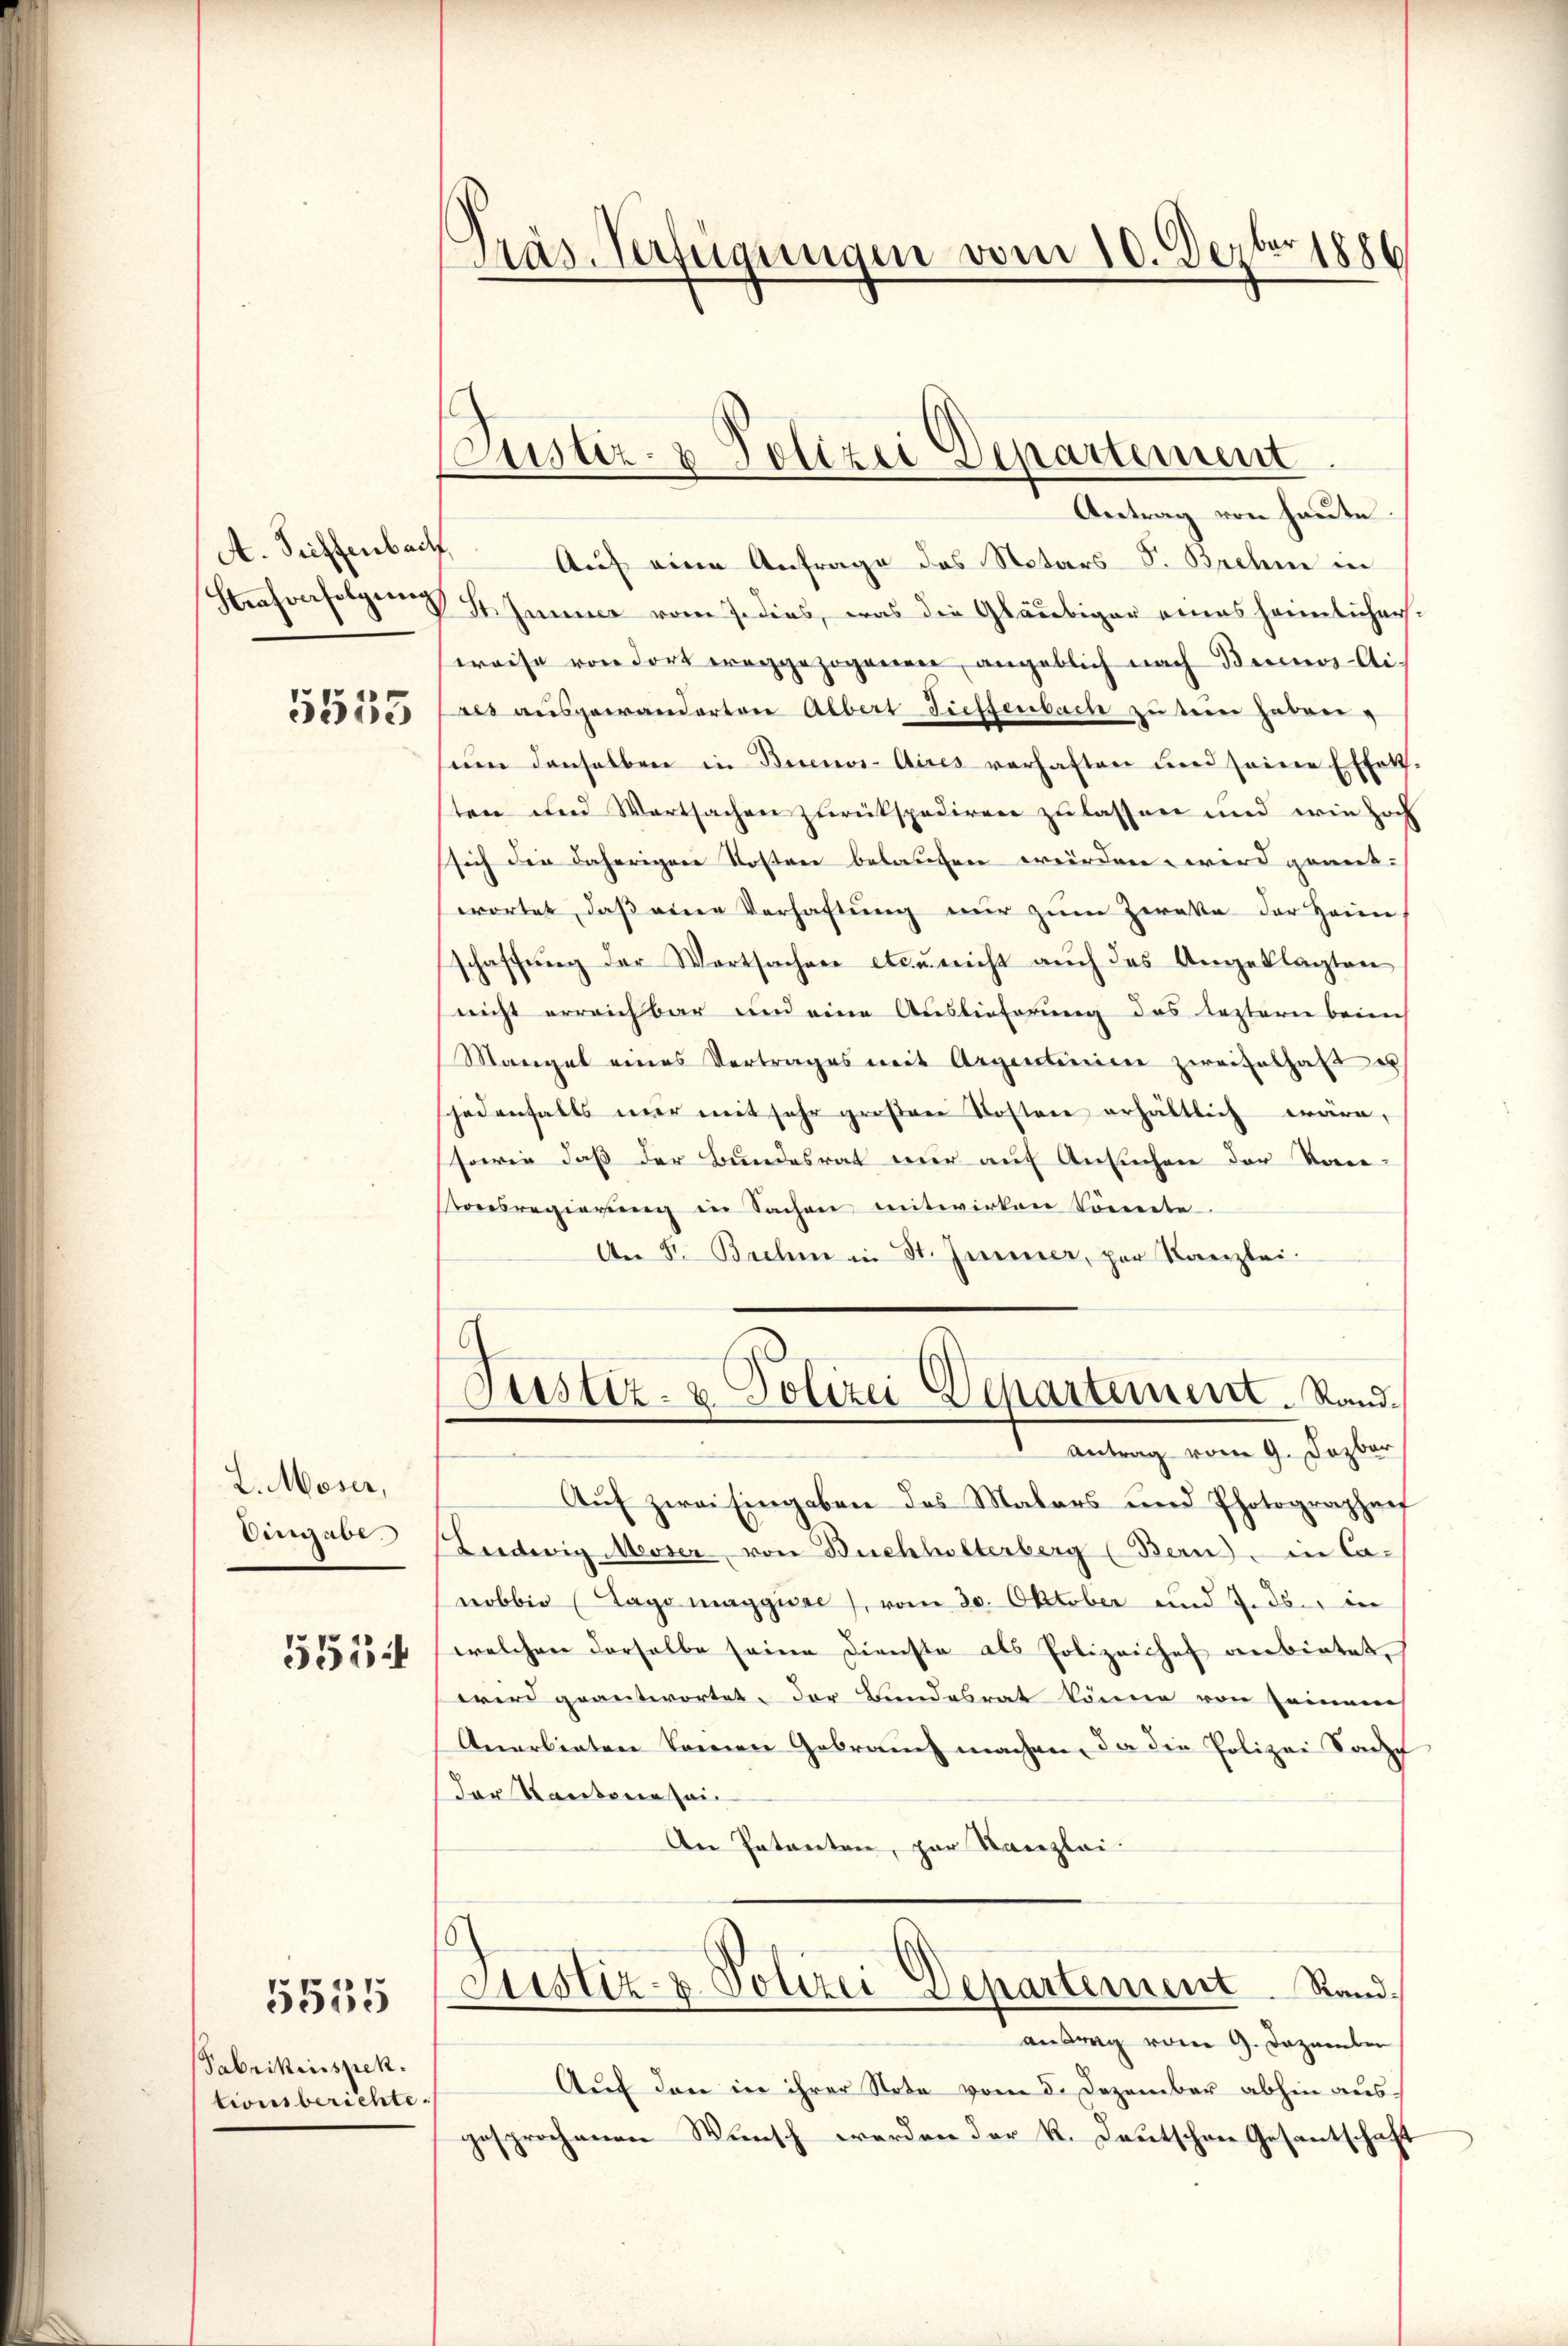
A. Seiffenbach
Strafverfolgŭng

5555

L. Moser,
Eingabe.
5514

Fabrikinspek
tionsberichte.

5555

Präs-Verfügungen vom 10. Dezbr 1886

Justiz- & Polizei Departement

Antrag von heute.
Auf eine Anfrage das Notars S. Brahm in
Hisimmer vom J. dies, was die Gläubiger eines heimlicher
weise von dort ereggezogenen angeblich nach Benos-Ai¬
Les ausgewanderten Albert Tieffenbach zu sein haben,
ŭm denselben in Buenos-Aires verhaften und seine Effett-
ten und Wartsachen zurückspediren zu lassen und wie hoch
sich die daherigen Kosten belaufen werden wird geneit-
wortet, daβ eine Verhaftŭng nŭr zŭm Zerata der Heim-
schaffŭng der Wortsachen etc. nicht aŭch das Angeklagten
nicht erreichbar und eine Auslieferung des leztere beim
Mangel eines Vertrages mit Argentinien zweifelhaft es
jedenfalls mir mit sehr großene Kosten erhältlich wäre,
sowie daß der Bundesrat nur auf Ansuchen der Kon-
tonsregierung in Sachen mitwirken könnte
An F. Brahm in St. Jenner, per Kanzlei.
Justiz- & Polizei Departement. Stand¬
Antrag vom 9. Dezbar
Auf zwei Eingaben des Malers und Photographaef
Leedwig Messer von Buchhalterberg (Bern, in Ca-
nobbie (Tago maggiore, vom 20. Oktober und 7. ds. in
welchen derselbe seine Dienste als Polizeichef anbietet
wird geantwortet. Der Bundesrat könne von seinem
Anerbieten kamen Gebrauch machen, da die Polizei Kampf
der Kantone zei
An Patenten, zur Kanzlei-
Justiz- & Polizei Departement. Rand,
antrag vom 9. Dezember
Auf den in ihrer Nota vom 5. Dezember abhin ausgesprochenen Wunsch werden der K. Deutschen Gesantschaft